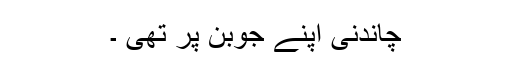
چاندنی اپنے جوبن پر تھی ۔